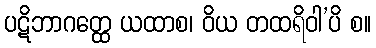
ပဋိဘာဂတ္ထေ ယထာစ၊ ဝိယ တထရိဝါ’ပိ စ။